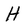
Character: H